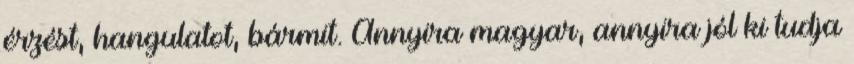
érzést, hangulatot, bármit. Annyira magyar, annyira jól ki tudja